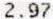
2.97